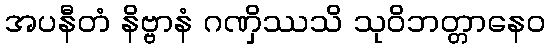
အပနီတံ နိဗ္ဗာနံ ဂဏှိဿသိ သုဝိဘတ္တာနေဝ